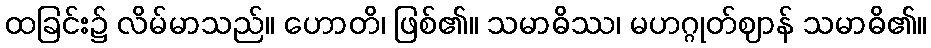
ထခြင်း၌ လိမ်မာသည်။ ဟောတိ၊ ဖြစ်၏။ သမာဓိဿ၊ မဟဂ္ဂုတ်ဈာန် သမာဓိ၏။